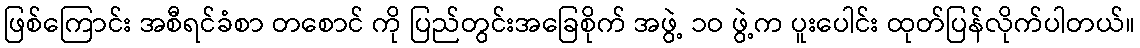
ဖြစ်ကြောင်း အစီရင်ခံစာ တစောင် ကို ပြည်တွင်းအခြေစိုက် အဖွဲ့ ၁ဝ ဖွဲ့က ပူးပေါင်း ထုတ်ပြန်လိုက်ပါတယ်။